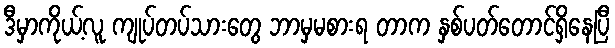
ဒီမှာကိုယ့်လူ ကျုပ်တပ်သားတွေ ဘာမှမစားရ တာက နှစ်ပတ်တောင်ရှိနေပြီ